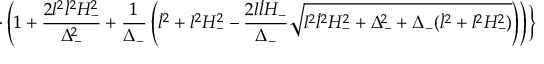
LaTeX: \cdot \left( 1 + \frac { 2 l ^ { 2 } \dot { l } ^ { 2 } H _ { - } ^ { 2 } } { \Delta _ { - } ^ { 2 } } + \frac { 1 } { \Delta _ { - } } \left( \dot { l } ^ { 2 } + l ^ { 2 } H _ { - } ^ { 2 } - \frac { 2 l \dot { l } H _ { - } } { \Delta _ { - } } \sqrt { l ^ { 2 } \dot { l } ^ { 2 } H _ { - } ^ { 2 } + \Delta _ { - } ^ { 2 } + \Delta _ { - } ( \dot { l } ^ { 2 } + l ^ { 2 } H _ { - } ^ { 2 } ) } \right) \right) \Bigr \}